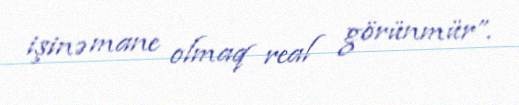
işinə mane olmaq real görünmür”.